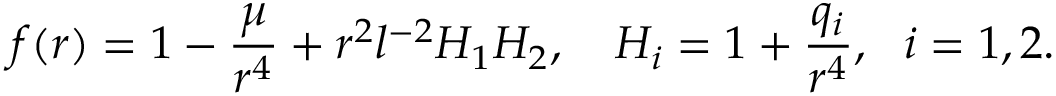
f ( r ) = 1 - \frac { \mu } { r ^ { 4 } } + r ^ { 2 } l ^ { - 2 } H _ { 1 } H _ { 2 } , \ \ \ H _ { i } = 1 + \frac { q _ { i } } { r ^ { 4 } } , \ \ i = 1 , 2 .